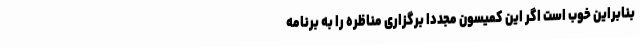
بنابراین خوب است اگر این کمیسون مجددا برگزاری مناظره را به برنامه